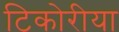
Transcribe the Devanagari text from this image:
टिकोरीया